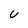
Character: U